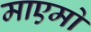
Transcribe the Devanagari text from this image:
माएमो